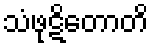
သံဖုဋိတောတိ